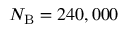
N _ { \mathrm { B } } = 2 4 0 , 0 0 0